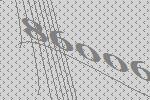
86006